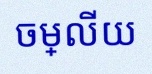
ចម្លើយ